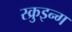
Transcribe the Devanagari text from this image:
स्क्रुइन्ग